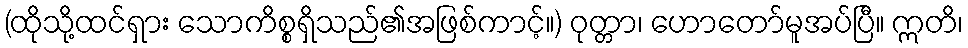
(ထိုသို့ထင်ရှား သောကိစ္စရှိသည်၏အဖြစ်ကာင့်။) ဝုတ္တာ၊ ဟောတော်မူအပ်ပြီ။ ဣတိ၊